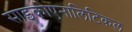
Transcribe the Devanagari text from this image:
साइकोएनालिटिकल